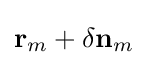
\mathbf {r} _{m}+\delta \mathbf {n} _{m}